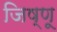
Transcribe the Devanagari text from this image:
जिष्णू